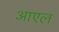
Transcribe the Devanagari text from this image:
आएल